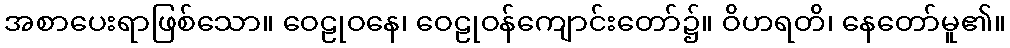
အစာပေးရာဖြစ်သော။ ဝေဠုဝနေ၊ ဝေဠုဝန်ကျောင်းတော်၌။ ဝိဟရတိ၊ နေတော်မူ၏။